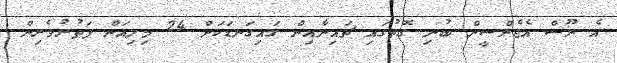
އެ ނޫސް އެޖެންސީން ބުނި ގޮތުގައި ޗައިނާއިން ގައިގަނޑަކަށް 24 މިލިއަން ފަތުރުވެރިން